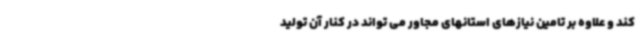
کند و علاوه بر تامین نیازهای استانهای مجاور می تواند در کنار آن تولید